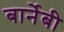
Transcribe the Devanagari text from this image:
बार्नेबी